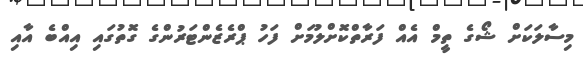
މިސާލަކަށް ޝޯގެ ތީމް އެއް ފަރާތްކޮށްލުމަށް ފަހު ޕްރެޒެންޓަރުންގެ ގޮތުގައި އިއްބެ އާއި